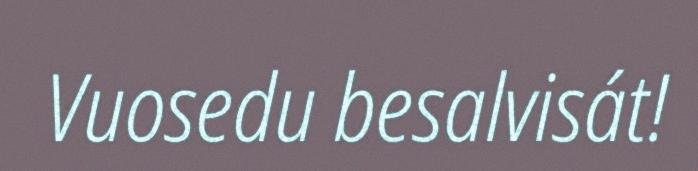
Vuosedu besalvisát!